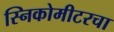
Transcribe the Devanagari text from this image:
स्निकोमीटरचा